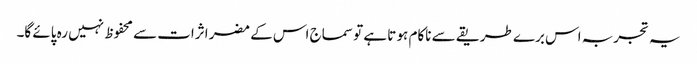
یہ تجربہ اس برے طریقے سے ناکام ہو تا ہے تو سماج اس کے مضر اثرات سے محفوظ نہیں رہ پائے گا۔